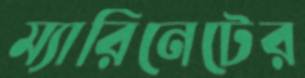
ম্যারিনেটের